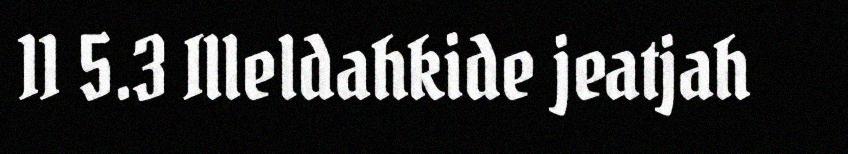
11 5.3 Illeldahkide jeatjah